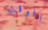
الوقت